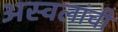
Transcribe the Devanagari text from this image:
अस्वलांची